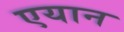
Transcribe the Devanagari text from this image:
एयान